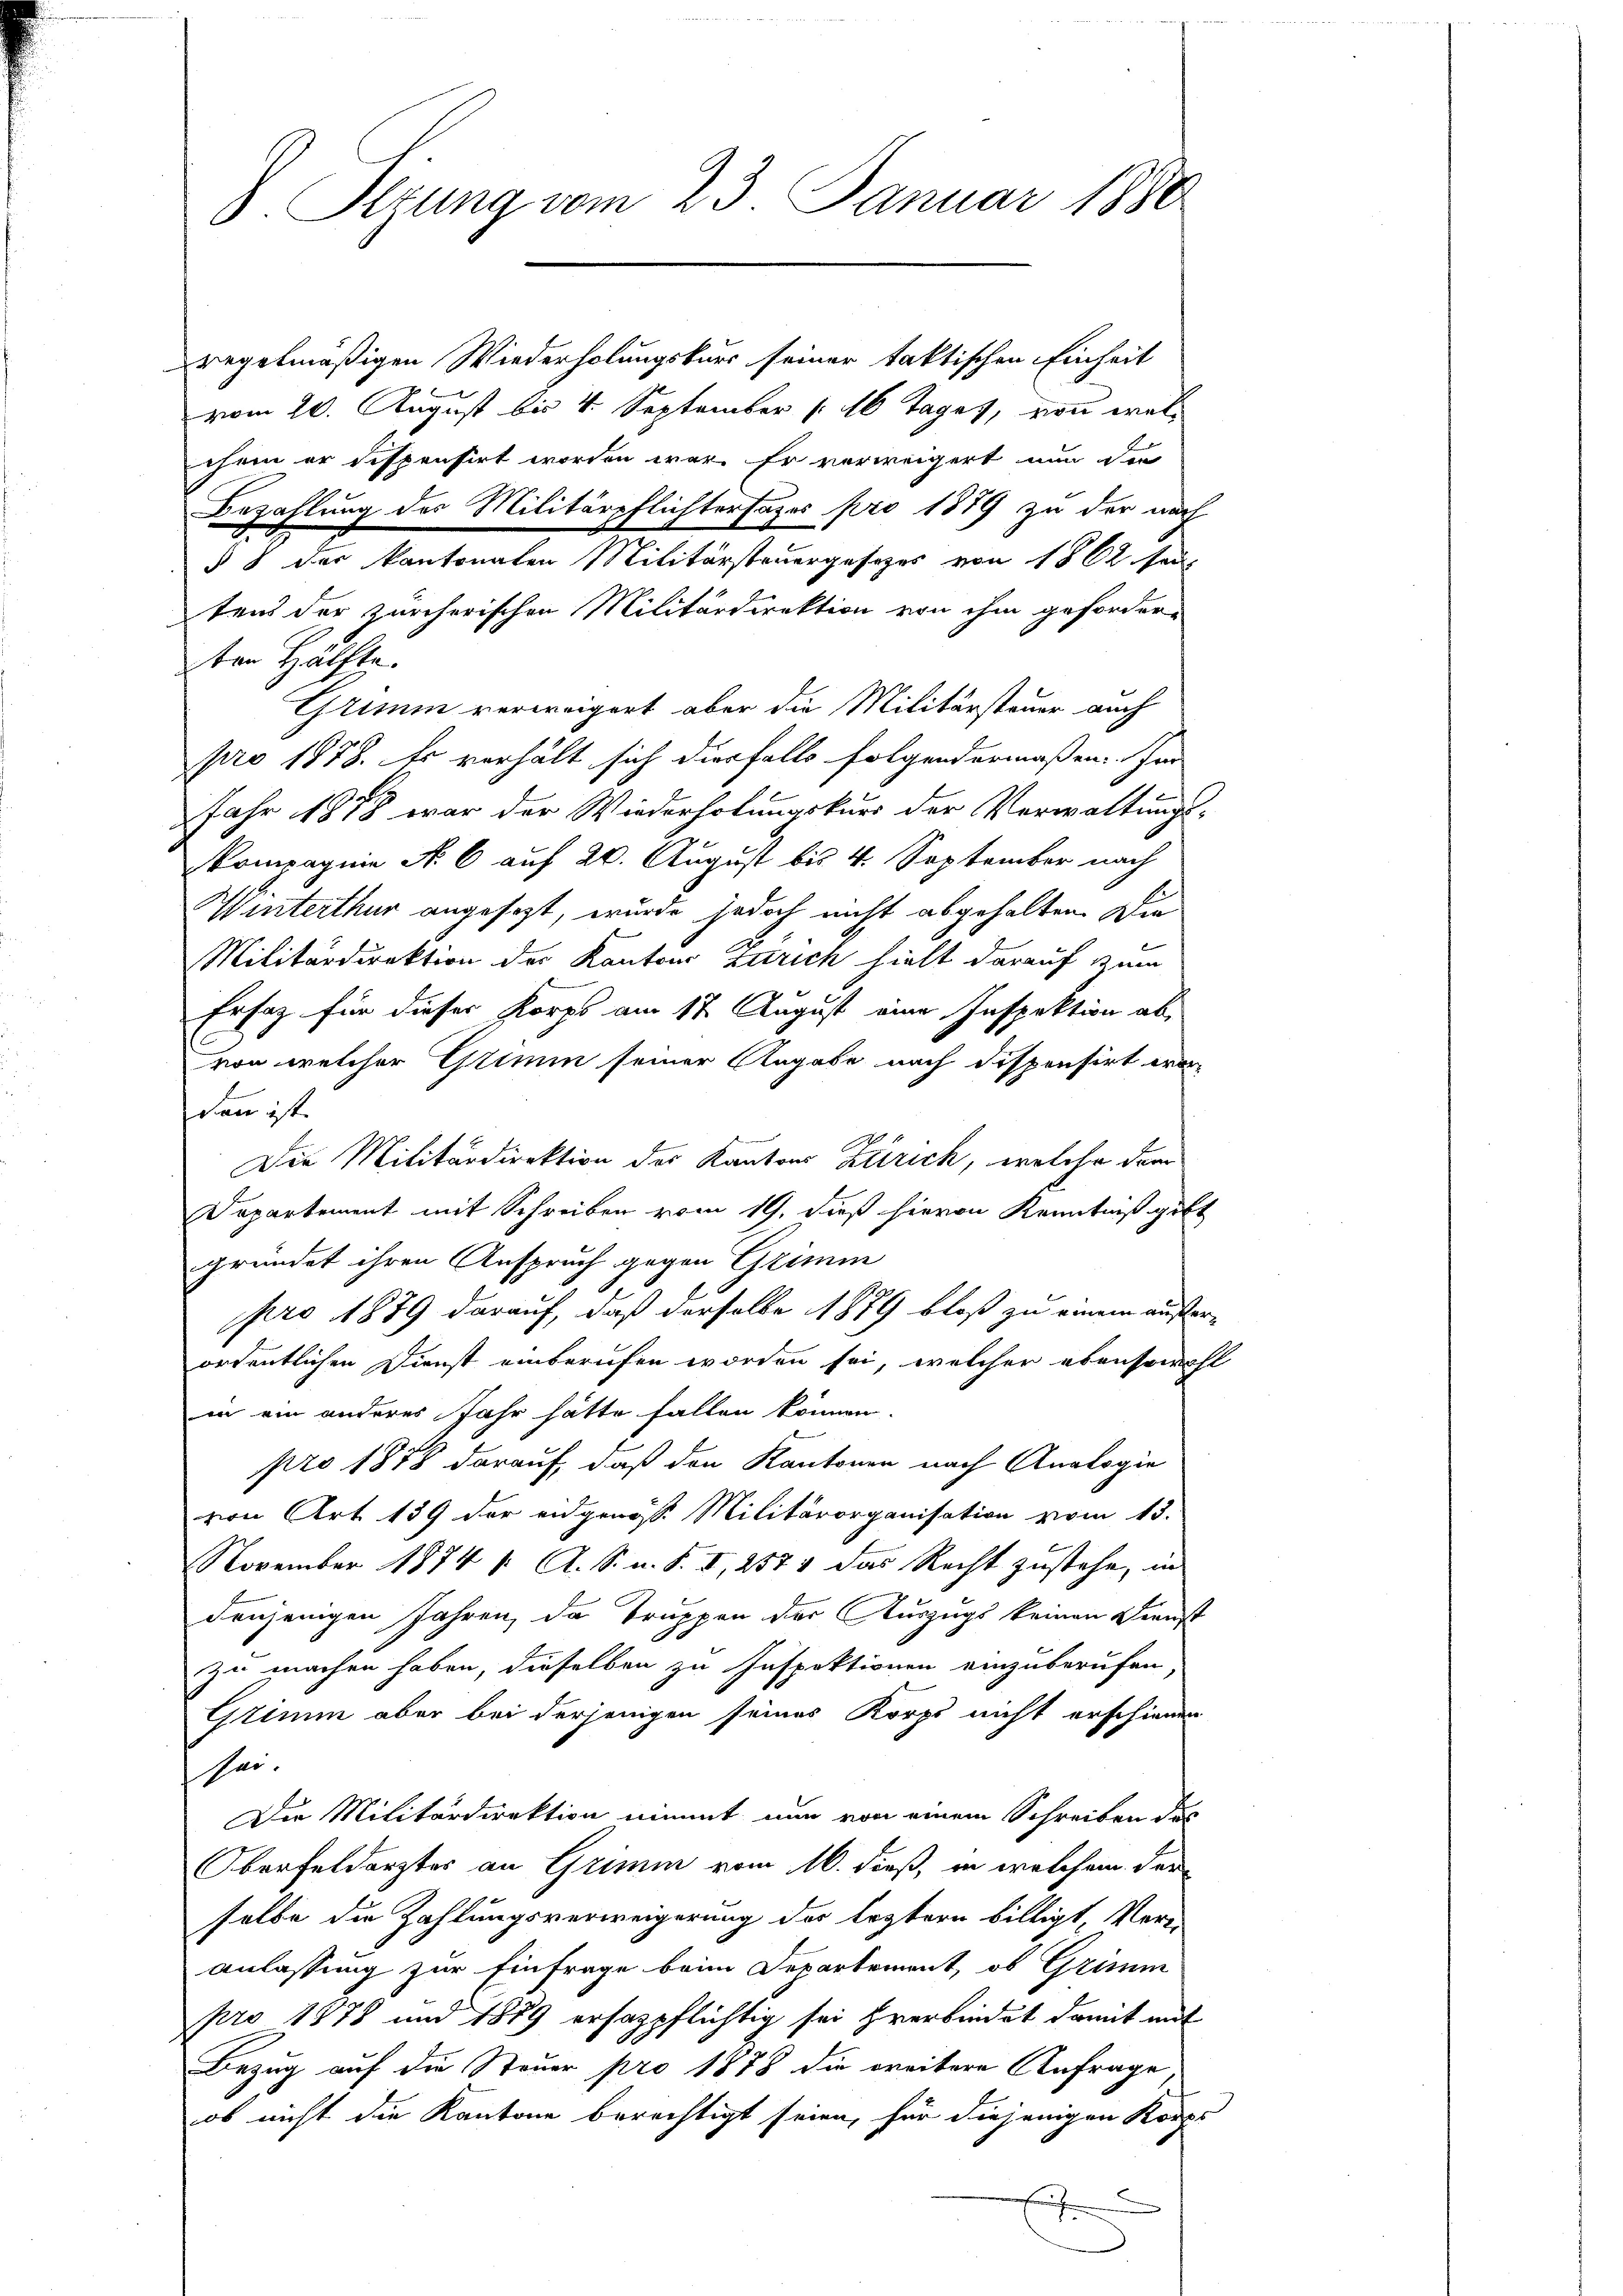
8. Sizung vom 23. Januar 1880

dregelmäßigen Wiederholungskurs seiner faktischen Einheit
vom 20. August bis 4. September 16 Tages, von welchem er dispensirt worden war. Er verweigert nun die
Bezahlung des Militärpflichtertages pro 1879 zu der nach
§ 8 des kantonaten Militärsteuergesetzes von 1862 ha
tens der zürcherischen Militärdirektion von ihm gefordere
ten Hälfte.
Grimm verweigert, aber die Militärsteuer auch
pro 1878. Es verhält sich diesfalls folgendermaßen. Für
Jahr 1878 war der Wiederholungskurs der Verwaltungs-
kompagnie No. 6 auf 20. August bis 4. September nach
Winterthur angesezt, wurde jedoch nicht abgehalten. Die
Militärdirektion des Kantons Zürich hielt darauf zum
Ersatz für dieser Korps am 17. August eine Inspektion ab,
von welcher Grimm seiner Angabe nach dispensirt wordann ist.
Die Militärdirektion der Kantons Zürich, welche dar
Departement mit Schreiben vom 19. dieß hievon Kenntniß gibt
gründet ihren Anspruch gegen Grimm
pro 1879 darauf, daß derselbe 1879 bloß zu einem außer-
ordentlichen Dienst einberufen worden sei, welcher ebensowohl
in ein anderes Jahr hätte fallen können.
pro 1878 darauf, daß den Kantonen nach Analogie
von Art. 159 der eidgenöss. Militärorganisation vom 13.
November 1874 1. A. S. u. S. I, 257, das Recht zustehe, in
denjenigen Jahren, da Truppen der Auszugs keinen Dienst
zu machen haben, dieselben zu Inspektionen einzuberufen
Grimm aber bei derjenigen seines Korps nicht erschienen
sei.
Die Militärdirektion nimmt nun von einem Schreiben des
Oberfeldarztes an Grimm vom 16. dieß, in welchem der
selbe die Zahlungsverweigerung des leztern billigt, Veranlassung zur Einfrage beim Departement, ob Grimm
pro 1878 und 1889 erhazpflichtig sei hrerbindet damit mit
Bezug auf die Steuer pro 1878 die Freitere Anfrage
ob nicht die Kantone berechtigt seien, für diejenigen Korps
e